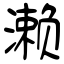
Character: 濑